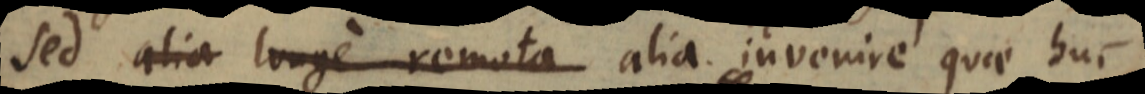
sed alia longe remota alia invenire quae huc